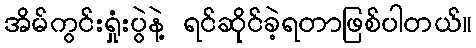
အိမ်ကွင်းရှုံးပွဲနဲ့ ရင်ဆိုင်ခဲ့ရတာဖြစ်ပါတယ်။